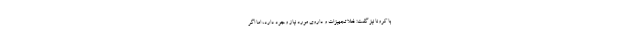
با کرونا نیز گفت: فعلا تجهیزات و داروی مورد نیاز وجود دارد، اما اگر